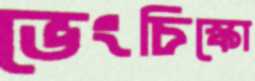
ভেংচিস্কো